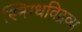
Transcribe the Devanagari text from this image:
स्निग्धविद्रव्य